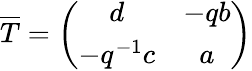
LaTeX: \overline{{{T}}}=\left(\begin{array}{cc}{{d}}&{{-qb}}\\ {{-q^{-1}c}}&{{a}}\end{array}\right)